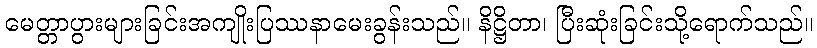
မေတ္တာပွားများခြင်းအကျိုးပြဿနာမေးခွန်းသည်။ နိဋ္ဌိတာ၊ ပြီးဆုံးခြင်းသို့ရောက်သည်။